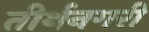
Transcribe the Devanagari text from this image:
तीर्थनगरी